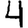
Digit: 4